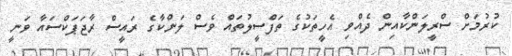
ކުރުމަށް ސްރީލަންކާއިން ދެއްވި އެހީތަކުގެ ތަފްސީލުތައް ވެސް ލަންކާގެ ރައީސް ރާޖަޕަކްސައާ ވަނީ